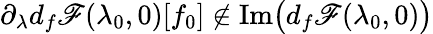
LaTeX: \partial_{\lambda}d_{f}\mathscr{F}(\lambda_{0},0)[f_{0}]\notin\textnormal{Im}\big(d_{f}\mathscr{F}(\lambda_{0},0)\big)